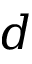
d